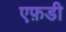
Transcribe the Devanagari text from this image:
एफ़डी